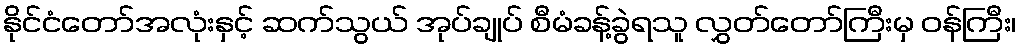
နိုင်ငံတော်အလုံးနှင့် ဆက်သွယ် အုပ်ချုပ် စီမံခန့်ခွဲရသူ လွှတ်တော်ကြီးမှ ဝန်ကြီး၊